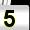
Digit: 5